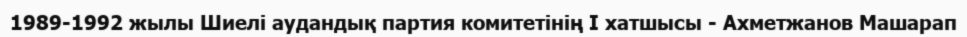
1989-1992 жылы Шиелі аудандық партия комитетінің І хатшысы - Ахметжанов Машарап